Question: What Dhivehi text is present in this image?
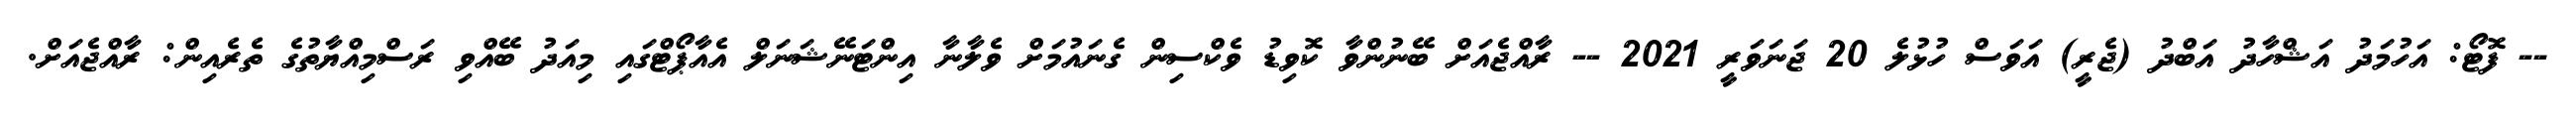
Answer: -- ފޮޓޯ: އަހުމަދު އަޝްހާދު އަބްދު (ޖެރީ) އަވަސް ހުޅުލެ 20 ޖަނަވަރީ 2021 -- ރާއްޖެއަށް ބޭނުންވާ ކޮވިޑު ވެކްސިން ގެނައުމަށް ވެލާނާ އިންޓަނޭޝަނަލް އެއާޕޯޓްގައި މިއަދު ބޭއްވި ރަސްމިއްޔާތުގެ ތެރެއިން: ރާއްޖެއަށް.